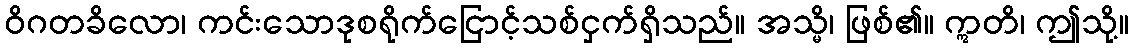
ဝိဂတခိလော၊ ကင်းသောဒုစရိုက်ငြောင့်သစ်ငှက်ရှိသည်။ အသ္မိ၊ ဖြစ်၏။ ဣတိ၊ ဤသို့။